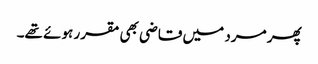
پھر مرد میں قاضی بھی مقرر ہوئے تھے۔